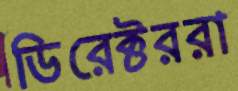
ডিরেক্টররা